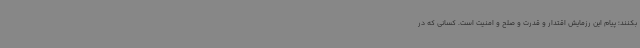
بکنند؛ پیام این رزمایش اقتدار و قدرت و صلح و امنیت است. کسانی که در